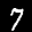
Label: 7